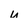
Character: u